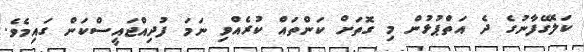
ކަލޭގެފާނުގެ ދެ އަތްޕުޅުން މި ގޮތަށް ކަންތައް ކުރެއްވި ނަމަ ފުދިއްޖައީސްކަން ގައިމެވެ.